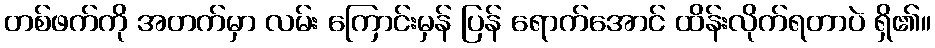
တစ်ဖက်ကို အတက်မှာ လမ်း ကြောင်းမှန် ပြန် ရောက်အောင် ထိန်းလိုက်ရတာပဲ ရှိ၏။